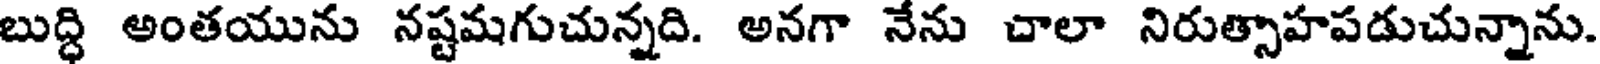
బుద్ధి అంతయును నష్టమగుచున్నది. అనగా నేను చాలా నిరుత్సాహపడుచున్నాను.